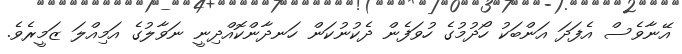
އޭނާވެސް އެފަދަ އަންބަކު ހޯދުމުގެ ހުވަފެން ދެކުނުކަން ހަނދާންކޮއްދިނީ ނަވާލުގެ އަމިއްލަ ޒަމީރެވެ.